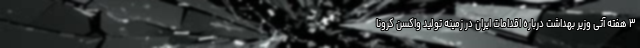
۳ هفته آتی وزیر بهداشت درباره اقدامات ایران در زمینه تولید واکسن کرونا